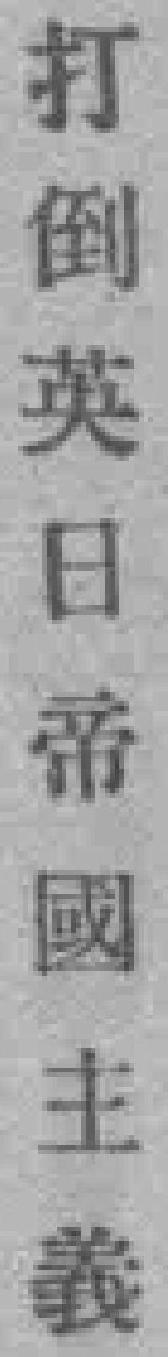
打倒英日帝國主義